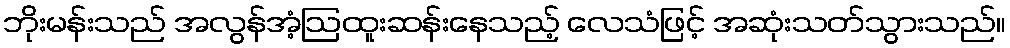
ဘိုးမန်းသည် အလွန်အံ့ဩထူးဆန်းနေသည့် လေသံဖြင့် အဆုံးသတ်သွားသည်။